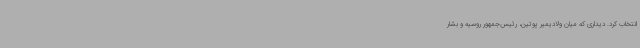
انتخاب کرد. دیداری که میان ولادیمیر پوتین، رئیس‌جمهور روسیه و بشار